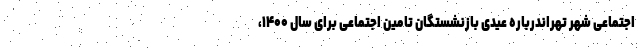
اجتماعی شهر تهراندرباره عیدی بازنشستگان تامین اجتماعی برای سال ۱۴۰۰،